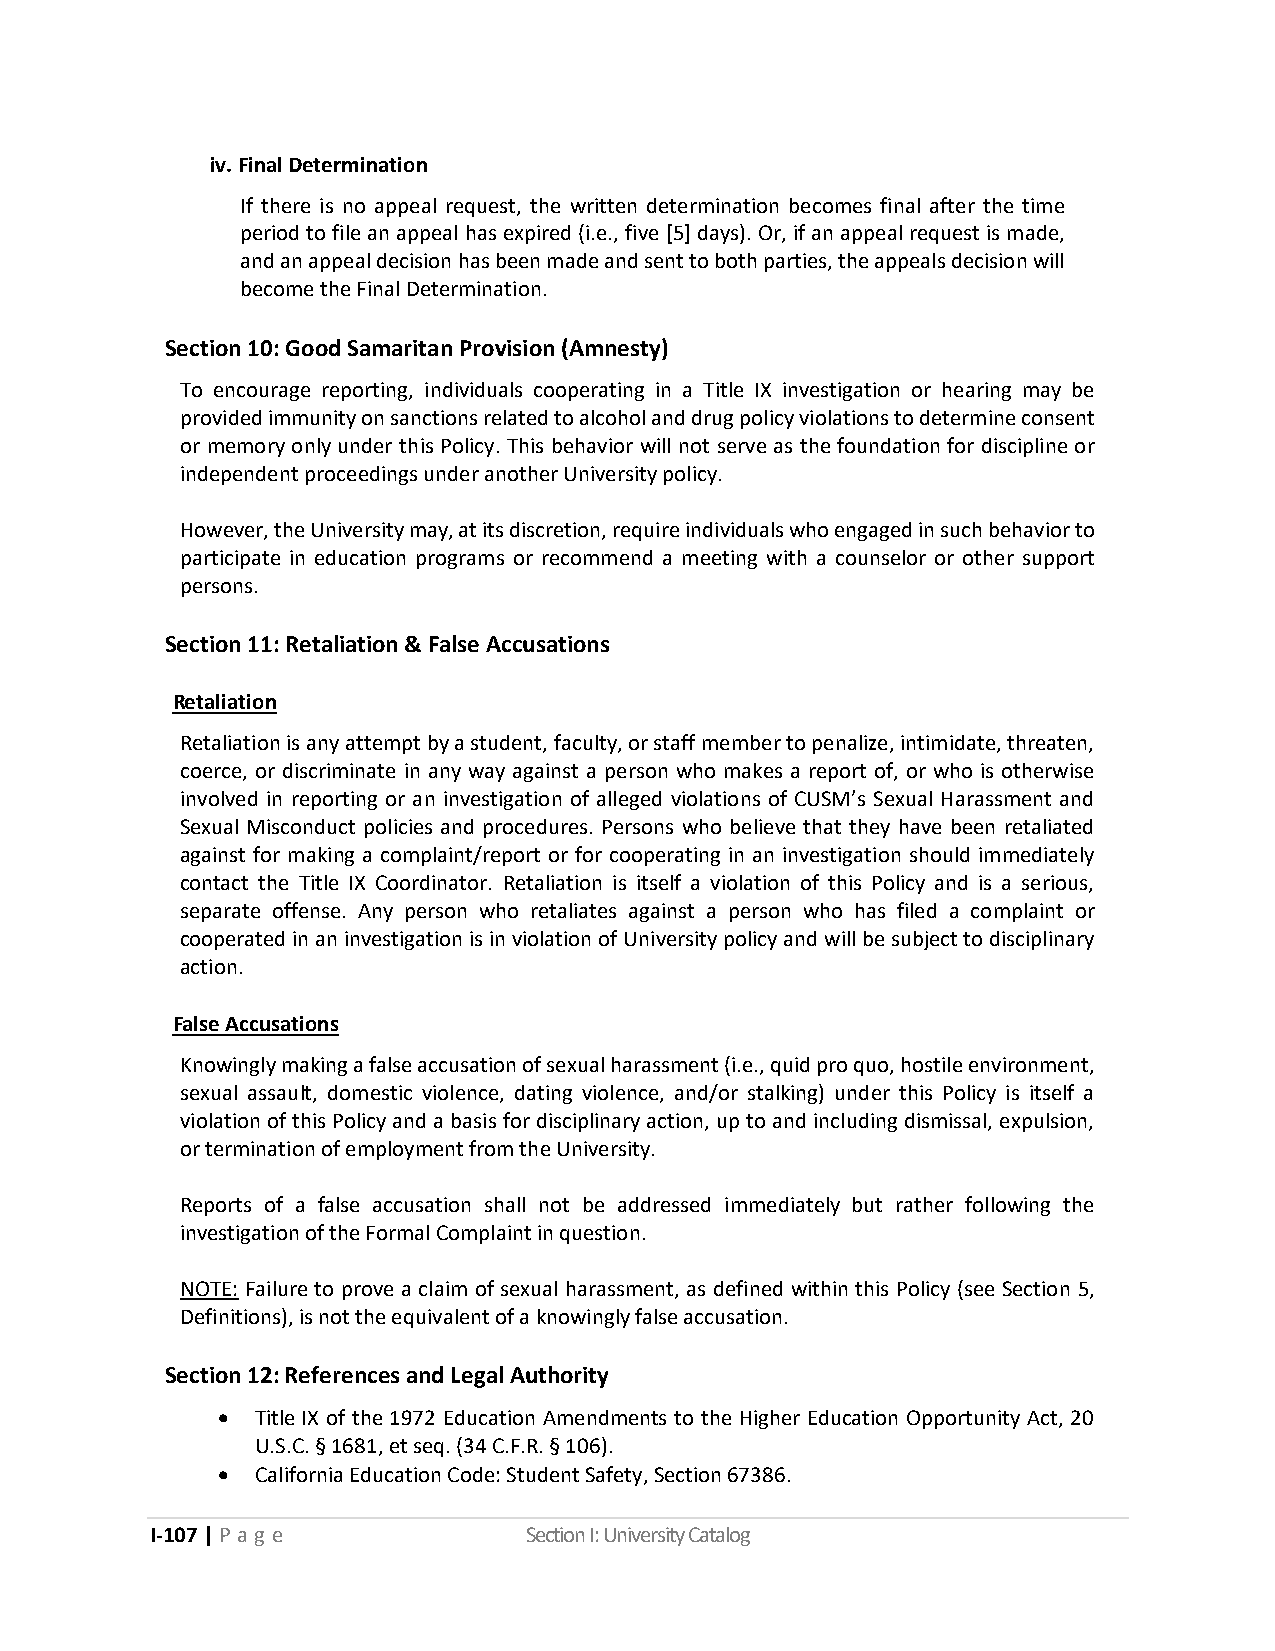
iv. Final Determination
 If there is no appeal request, the written determination becomes final after the time
 period to file an appeal has expired (i.e., five [5] days). Or, if an appeal request is made,
 and an appeal decision has been made and sent to both parties, the appeals decision will
 become the Final Determination.
 Section 10: Good Samaritan Provision (Amnesty)
 To encourage reporting, individuals cooperating in a Title IX investigation or hearing may be
 provided immunity on sanctions related to alcohol and drug policy violations to determine consent
 or memory only under this Policy. This behavior will not serve as the foundation for discipline or
 independent proceedings under another University policy.
 However, the University may, at its discretion, require individuals who engaged in such behavior to
 participate in education programs or recommend a meeting with a counselor or other support
 persons.
 Section 11: Retaliation & False Accusations
 Retaliation
 Retaliation is any attempt by a student, faculty, or staff member to penalize, intimidate, threaten,
 coerce, or discriminate in any way against a person who makes a report of, or who is otherwise
 involved in reporting or an investigation of alleged violations of CUSM’s Sexual Harassment and
 Sexual Misconduct policies and procedures. Persons who believe that they have been retaliated
 against for making a complaint/report or for cooperating in an investigation should immediately
 contact the Title IX Coordinator. Retaliation is itself a violation of this Policy and is a serious,
 separate offense. Any person who retaliates against a person who has filed a complaint or
 cooperated in an investigation is in violation of University policy and will be subject to disciplinary
 action.
 False Accusations
 Knowingly making a false accusation of sexual harassment (i.e., quid pro quo, hostile environment,
 sexual assault, domestic violence, dating violence, and/or stalking) under this Policy is itself a
 violation of this Policy and a basis for disciplinary action, up to and including dismissal, expulsion,
 or termination of employment from the University.
 Reports of a false accusation shall not be addressed immediately but rather following the
 investigation of the Formal Complaint in question.
 NOTE: Failure to prove a claim of sexual harassment, as defined within this Policy (see Section 5,
 Definitions), is not the equivalent of a knowingly false accusation.
 Section 12: References and Legal Authority
 •  Title IX of the 1972 Education Amendments to the Higher Education Opportunity Act, 20
 U.S.C. § 1681, et seq. (34 C.F.R. § 106).
 •  California Education Code: Student Safety, Section 67386.
 I-107 | P a g e          Section I: University Catalog